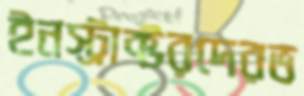
ইনস্ট্রাক্টরদেরভ